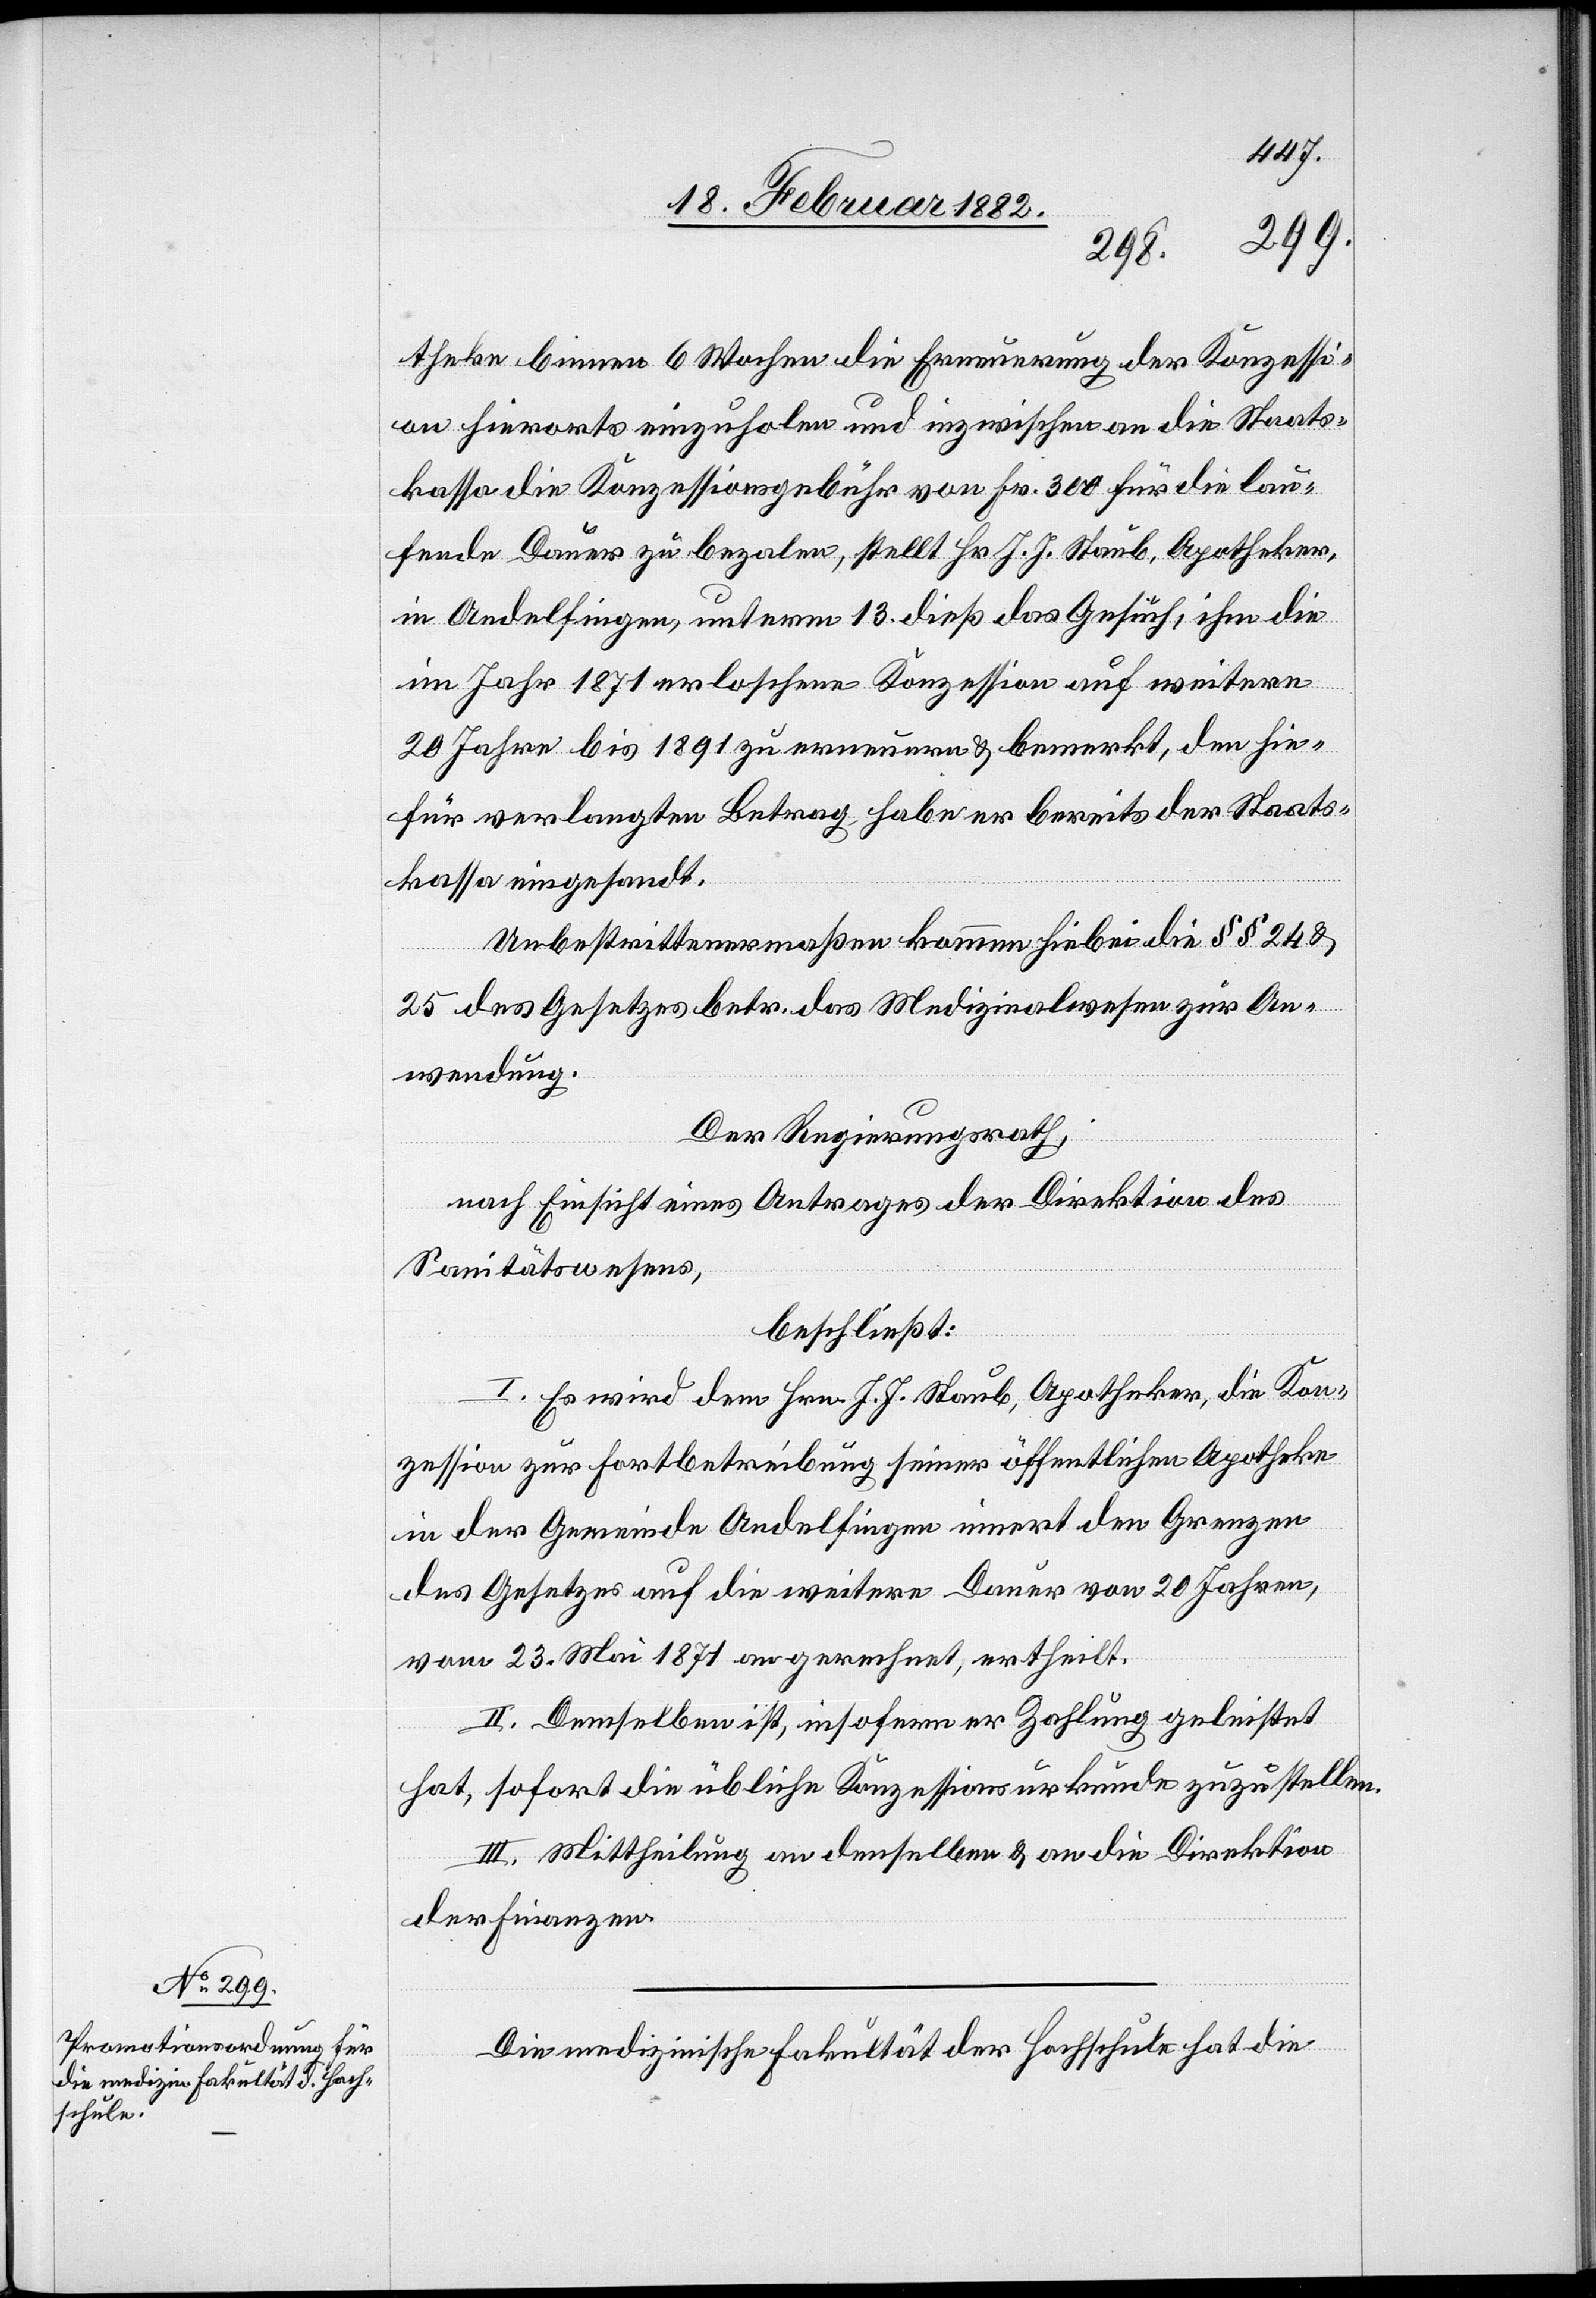
theke binnen 6 Wochen die Erneuerung der Konzessi¬
on hierorts einzuholen und inzwischen an die Staats¬
kasse die Konzessionsgebühr von Fr. 300 für die lau¬
fende Dauer zu bezalen, stellt Hr. J. J. Staub, Apotheker,
in Andelfingen, unterm 13. dieß das Gesuch, ihm die
im Jahr 1871 erloschene Konzession auf weitere
20 Jahre bis 1891 zu erneuern & bemerkt, den hie¬
für verlangten Betrag habe er bereits der Staats¬
kasse eingesandt.
Unbestrittenermaßen komme hiebei die § § 24 &
25 des Gesetzes betr. das Medizinalwesens zur An¬
wendung.
Der Regierungsrath,
nach Einsicht eines Antrages der Direktion des
Sanitätswesens,
beschließt:
I. Es wird dem Hrn. J. J. Staub, Apotheker, die Kon¬
zession zur Fortbetreibung seiner öffentlichen Apotheke
in der Gemeinde Andelfingen innert den Grenzen
des Gesetzes auf die weitere Dauer von 20 Jahren,
vom 23. Mai 1871 an gerechnet, ertheilt.
II. Demselben ist, insofern er Zahlung geleistet
hat, sofort die übliche Konzessionsurkunde zuzustellen.
III. Mittheilung an denselben & an die Direktion
der Finanzen.